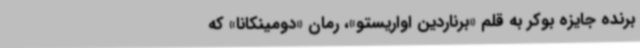
برنده جایزه بوکر به قلم «برناردین اواریستو»، رمان «‌دومینکانا» که